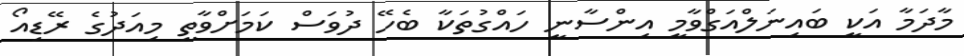
މާދަމާ އަކީ ބައިނަލްއަގްވާމީ އިންސާނީ ހައްގުތަކާ ބެހޭ ދުވަސް ކަމަށްވާތީ މިއަދުގެ ރޭޑިއޯ